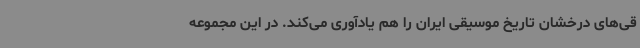
قی‌های درخشان تاریخ موسیقی ایران را هم یادآوری می‌کند. در این مجموعه